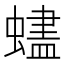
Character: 𬠨